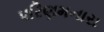
પરિણમનારા